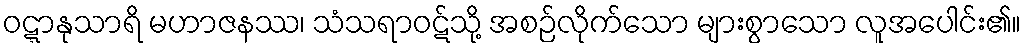
ဝဋ္ဋာနုသာရိ မဟာဇနဿ၊ သံသရာဝဋ်သို့ အစဉ်လိုက်သော များစွာသော လူအပေါင်း၏။